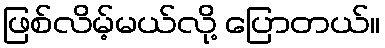
ဖြစ်လိမ့်မယ်လို့ ပြောတယ်။